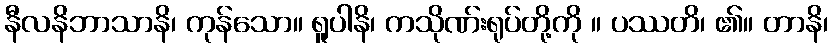
နီလနိဘာသာနိ၊ ကုန်သော။ ရူပါနိ၊ ကသိုဏ်းရုပ်တို့ကို ။ ပဿတိ၊ ၏။ တာနိ၊